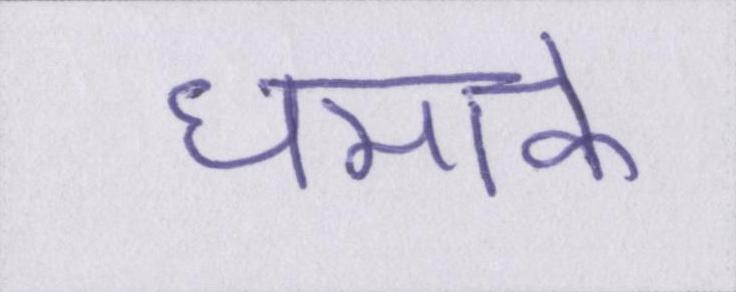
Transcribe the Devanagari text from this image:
धमाके